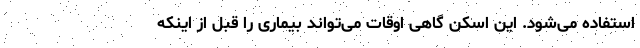
استفاده می‌شود. این اسکن گاهی اوقات می‌تواند بیماری را قبل از اینکه